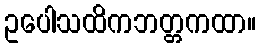
ဥပေါသထိကဘတ္တကထာ။